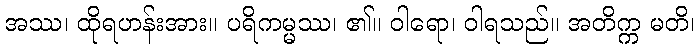
အဿ၊ ထိုရဟန်းအား။ ပရိကမ္မဿ၊ ၏။ ဝါရော၊ ဝါရသည်။ အတိက္က မတိ၊